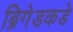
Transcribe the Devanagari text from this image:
ब्रिगेडकडे